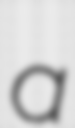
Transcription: a